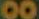
00